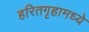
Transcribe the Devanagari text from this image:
हरितगृहामध्ये